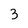
Character: 3